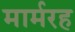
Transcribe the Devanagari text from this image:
मार्मरह